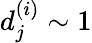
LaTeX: d_{j}^{(i)}\sim 1